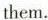
them.